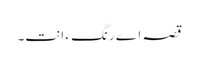
قصہ اے رنگ ءَ انت۔